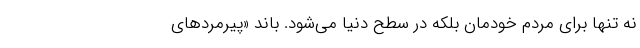
نه تنها برای مردم خودمان بلکه در سطح دنیا می‌شود. باند «پيرمردهای